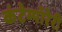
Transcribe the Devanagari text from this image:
कंटेम्पॉरेरी